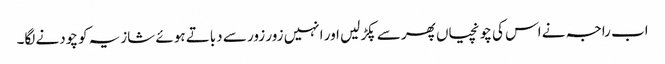
اب راجہ نے اس کی چونچیاں پھر سے پکڑ لیں اور انہیں زور زور سے دباتے ہوئے شازیہ کو چودنے لگا۔